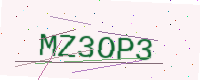
Text: MZ3OP3